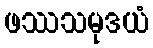
ဖဿသမုဒယံ